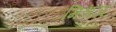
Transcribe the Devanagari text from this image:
मिश्रज